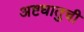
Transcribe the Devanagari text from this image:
अष्टधातुची